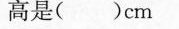
高是（ ）cm